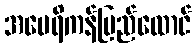
အမေရိကန်ပြည်ထောင်